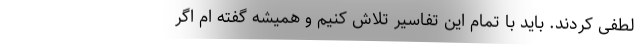
لطفی کردند. باید با تمام این تفاسیر تلاش کنیم و همیشه گفته ام اگر